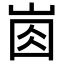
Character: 𡸋